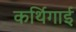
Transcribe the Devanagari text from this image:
कर्थिगाई